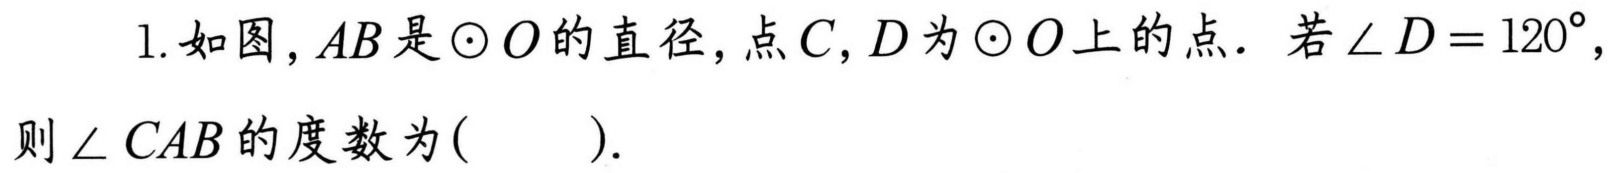
1. 如图，\(AB\)是\(\odot O\)的直径，点\(C,D\)为\(\odot O\)上的点．若\(\angle D = 120^{\circ}\)，则\(\angle CAB\)的度数为(  )．